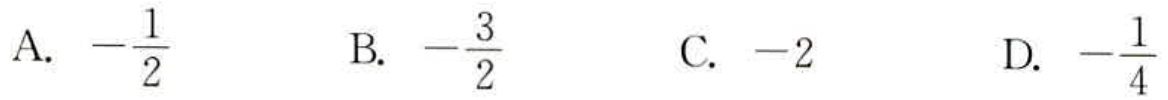
A. \(-\frac{1}{2}\)  B. \(-\frac{3}{2}\)  C. \(-2\)  D. \(-\frac{1}{4}\)